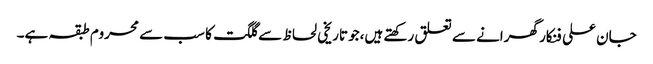
جان علی فنکار گھرانے سے تعلق رکھتے ہیں،جو تاریخی لحاظ سے گلگت کا سب سے محروم طبقہ ہے۔